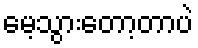
မေ့သွားတော့တာပဲ